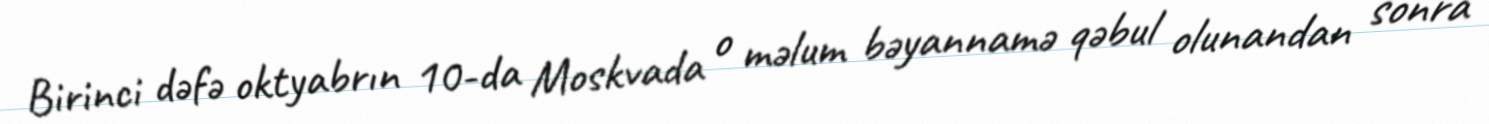
Birinci dəfə oktyabrın 10-da Moskvada o məlum bəyannamə qəbul olunandan sonra